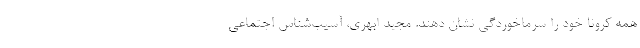
همه کرونا خود را سرماخوردگی نشان دهند. مجید ابهری، آسیب‌شناس اجتماعی